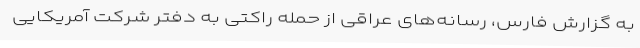
به گزارش فارس، رسانه‌های عراقی از حمله راکتی به دفتر شرکت آمریکایی